Report on the bubonic plague in Bombay, 1896-1897
Year: 1896
Disease focus: Plague
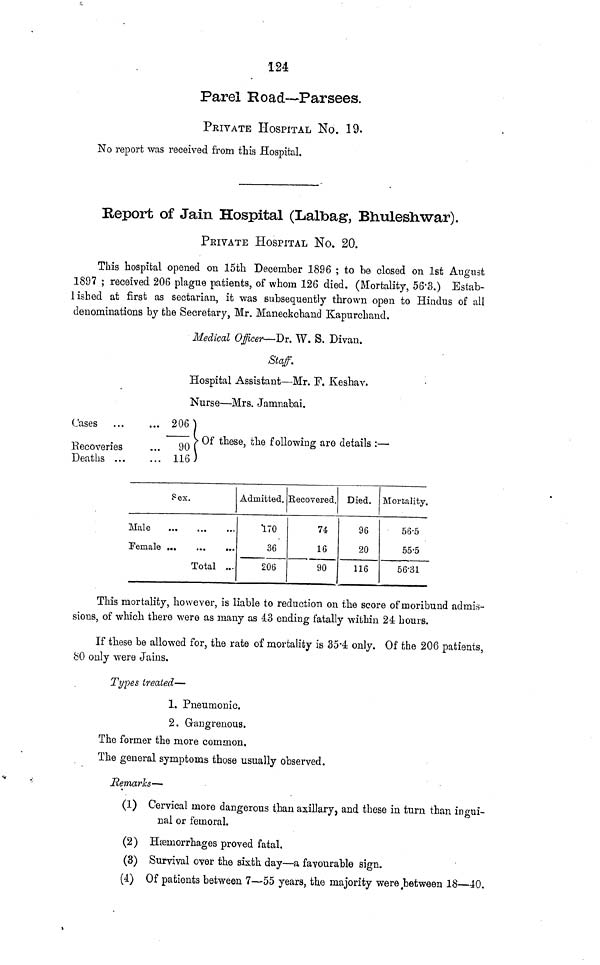
124
Parel Road—Parsees.
PRIVATE HOSPITAL No. 19.
No report was received from this Hospital.
Report of Jain Hospital (Lalbag, Bhuleshwar).
PRIVATE HOSPITAL No. 20.
This hospital opened on 15th December 1896 ; to be closed on 1st August
1897 ; received 206 plague patients, of whom 126 died. (Mortality, 56.3.) Estab-
lished at first as sectarian, it was subsequently thrown open to Hindus of all
denominations by the Secretary, Mr. Maneckchand Kapurchand.
Medical Officer— Dr. W. S. Divan.
Staff.
Hospital Assistant—Mr. F. Keshav.
Nurse—Mrs. Jamnabai.
Cases
Recoveries
Deaths ...
... 206
...
90
... 116)
Of these, the following are details : —
Sex.
Male
...
...
...
Female
...
...
...
Total ...
Admitted.
170
36
206
Recovered.
74
16
90
Died.
96
20
116
Mortality.
56.5
55.5
56.31
This mortality, however, is liable to reduction on the score of moribund admis-
sions, of which there were as many as 43 ending fatally within 24 hours.
If these be allowed for, the rate of mortality is 35.4 only. Of the 206 patients,
80 only were Jains.
Types treated—
1. Pneumonic.
2. Gangrenous.
The former the more common.
The general symptoms those usually observed.
Remarks—
(1) Cervical more dangerous than axillary, and these in turn than ingui-
nal or femoral.
(2) Hæmorrhages proved fatal.
(3) Survival over the sixth day—a favourable sign.
(4) Of patients between 7—55 years, the majority were between 18—40.